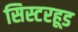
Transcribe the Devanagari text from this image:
सिस्टरहूड